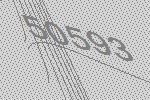
50593